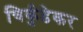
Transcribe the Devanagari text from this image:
चिर्कुडेकर